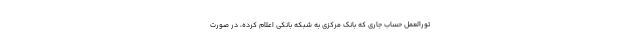
تورالعمل حساب جاری که بانک مرکزی به شبکه بانکی اعلام کرده، در صورت